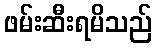
ဖမ်းဆီးရမိသည်